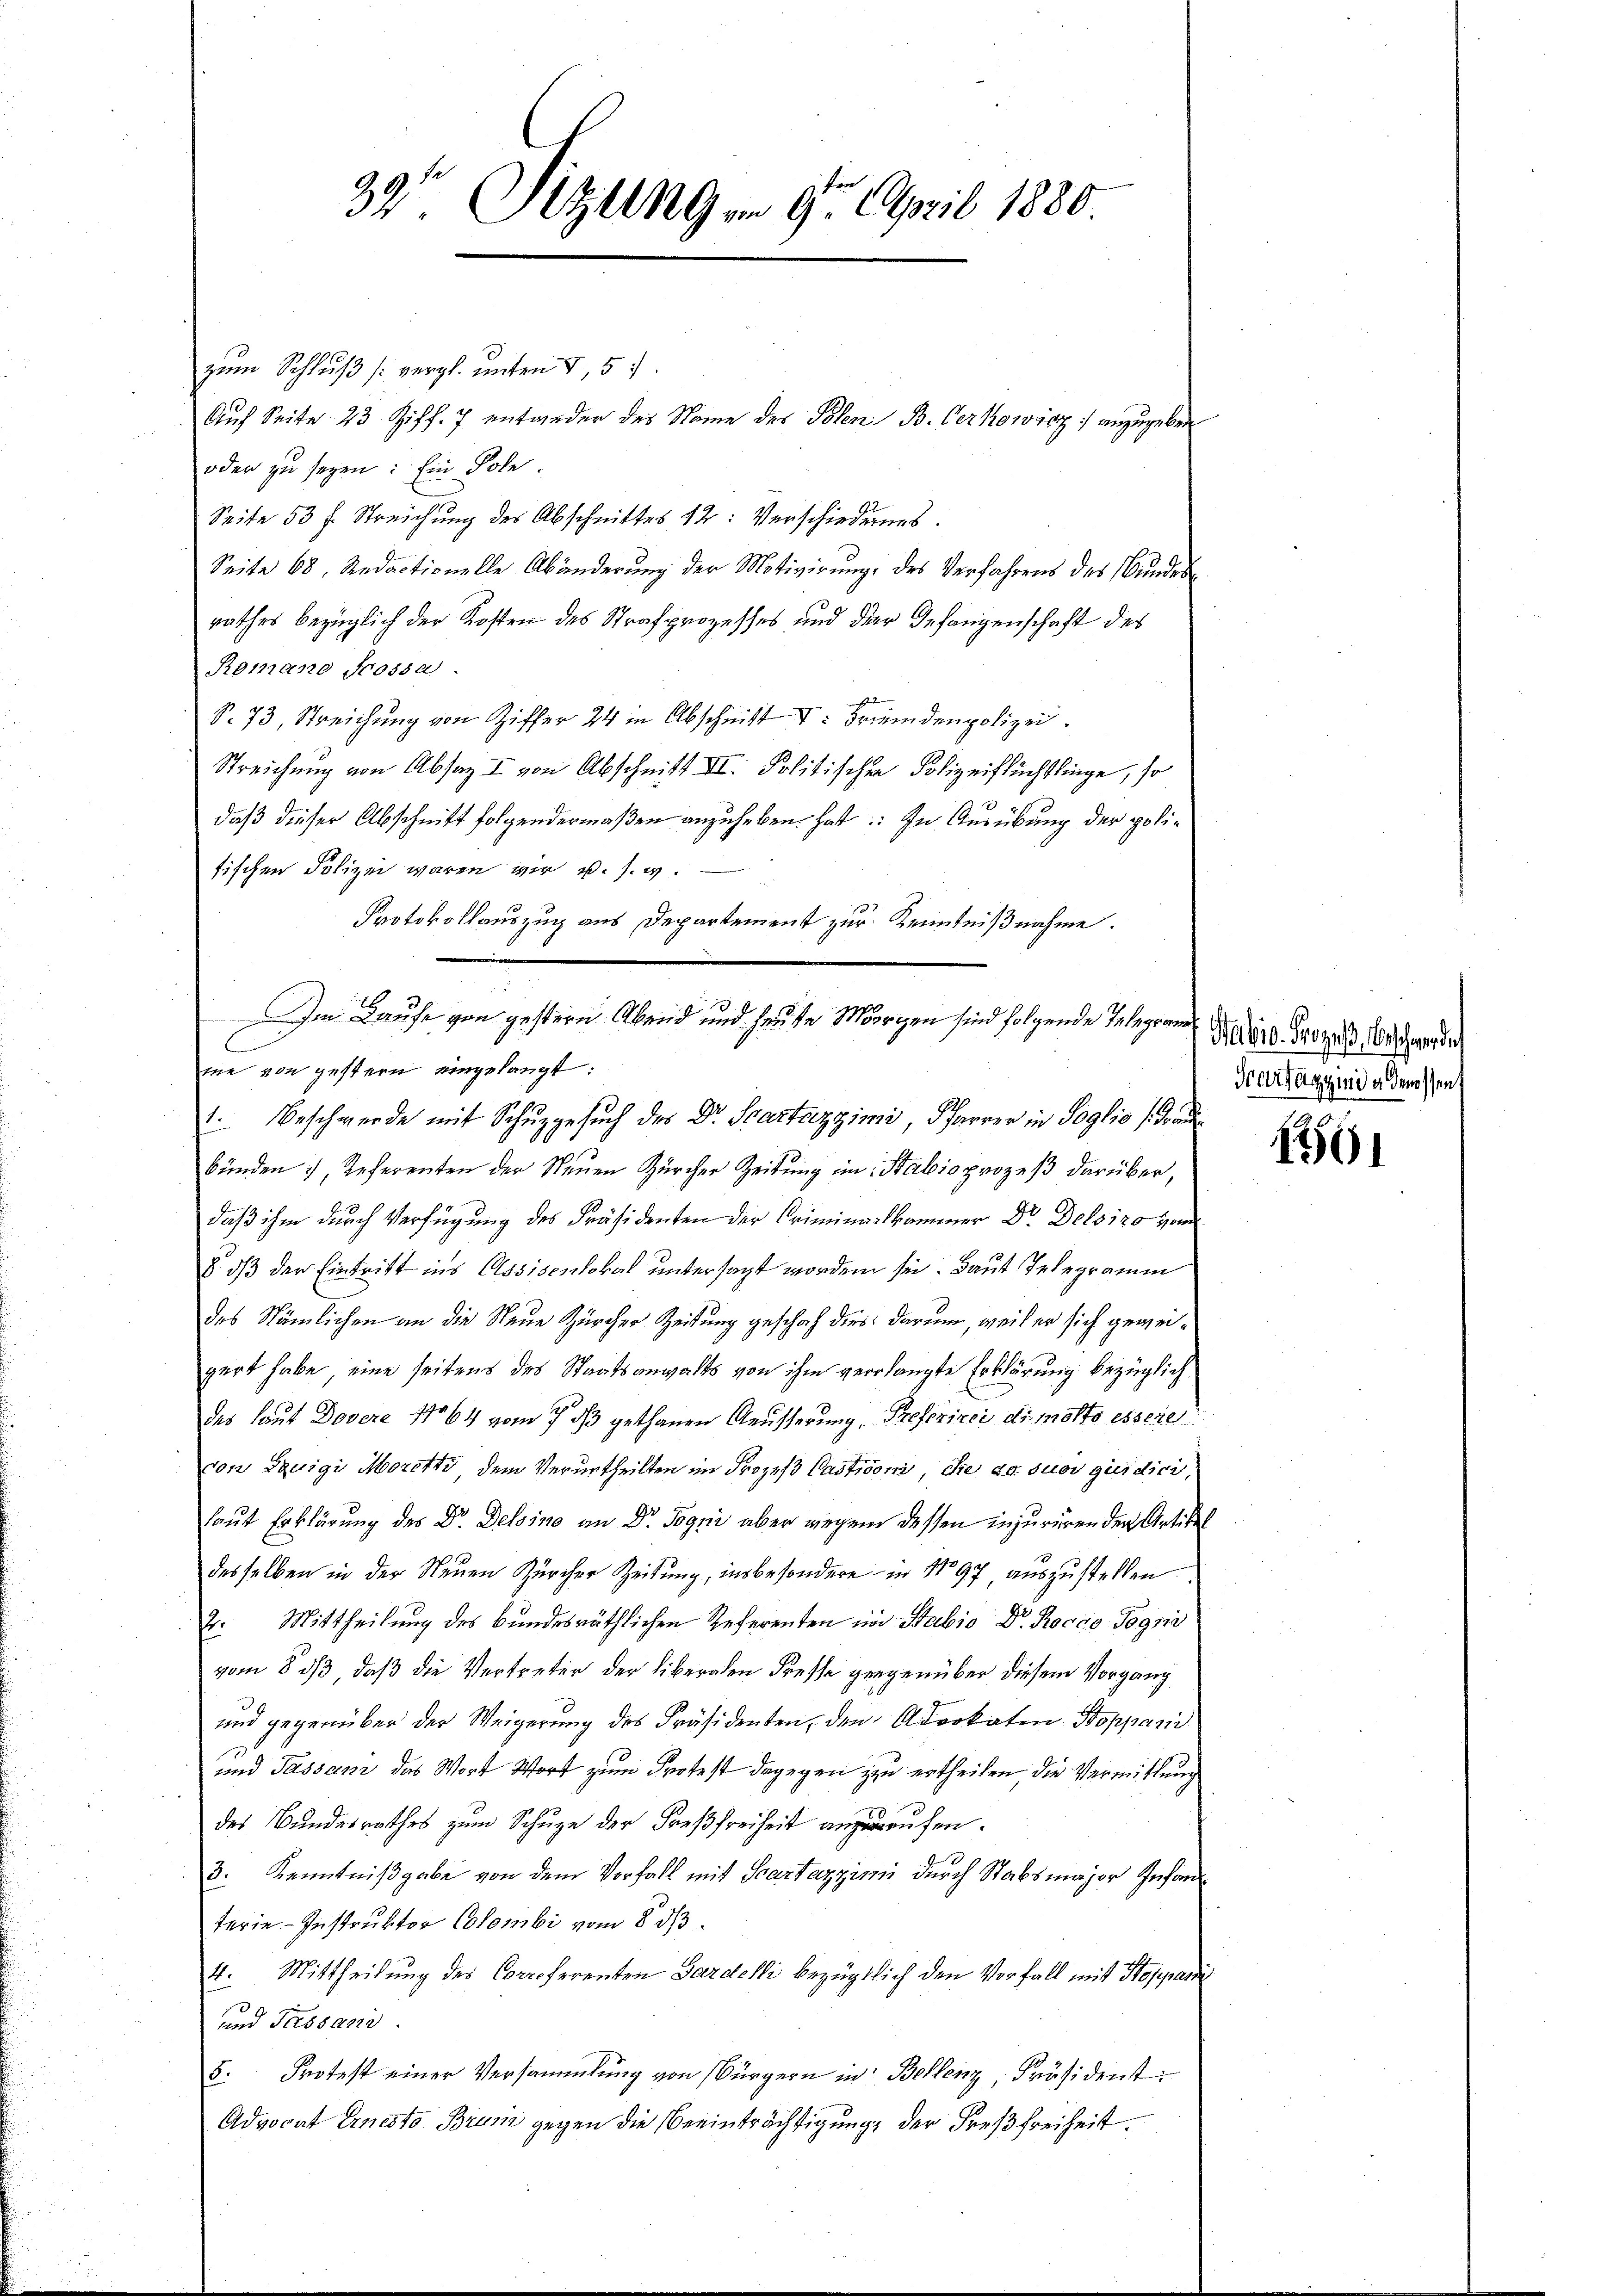
39te Sitzungen 9. April 1880.

zum Schluß /: vergl. unter 7,5
Auf Seite 23 Ziff. 7 entweder des Name des Polen B. Verkowicz :/ anzugeben
oder zu seyen: Ein Pole.
Seite 53 f. Streichung des Abschnittes 12: Verschiedenes.
Seite 68. Redactionelle Abänderung der Motivirung des Verfahrens des Bundes
rathes bezüglich der Kosten des Strafprozesses und der Gefangenschaft des
Romano Frossa
S. 73, Streichung von Ziffer 24 in Abschnitt : Fremdenpolizei.
Streichung von Absag I von Abschnitt II. Politischen Polizeiflüchtlinge, so
daß dieser Abschnitt folgendermaßen anzuheben hat: In Ausübung der polifischen Polizei waren wir u. s. w.
Protokollauszug aus Departement zur Kenntnißnahme.
Im Laufe von gestern Abend und heute Morgen sind folgende Telegion der Prozess, beschwerden
me von gestern eingelangt:
1. Beschwerde mit Schŭpgesŭch des Dr. Scartazzimi, Pfarrer in Soglio Grau
bünden, Referenten der Neuen Zürcher Zeitung im Stabio prozeß darüber,
daß ihm durch Verfügung des Präsidenten der Criminarlkammer Dr. Delsizo vom
8. dβ der Eintritt ins Assisenlokal untersagt worden sie. Baut Telegramm
des Nämlichen an die Neue Zürcher Zeitung geschah dies darum, weil er sich geweigert habe, eine seitens des Staatsanwalts von ihm verlangte Erklärung bezüglich
des laut Dovere No 64 vom 7. ds gethanen Aeusserung, Preferirei die Motto essere
von Luigi Moretti, dem Verurtheilten im Prozeß Castisoni, die so suos quidici,
laut Erklärung des Dr. Delsine an Dr. Jogni aber wegen dessen injuriren der Artikel
desselben in der Neuen Zürcher Zeitung, insbesondere in No 97 auszustellen.
2. Mittheilung des Bundesräthlichen Referenten in Stabio Dr. Rocco Pogni
vom 8. ds, daß die Vertreter der Liberalen Fresse gegenüber diesem Vorgang
und gegenüber der Weigerŭng des Präsidenten, den Advokaten Stoppani
und Passan das Wort Wort zum Protest dagegen zu ertheilen, die Vermittung
des Bŭndesrathes zŭm Schŭze der Freβfreiheit anzurufen.
3. Kenntnißgabe von dem Vorfall mit Scartazziri durch Stabsmajor Infand
terie-Instruktor Colombi vom 8. ds.
4. Mittheilung des Correferenten Gardelli bezüglich den Vorfall mit Steppardi
und Passan
5: Protest einer Versammlung von Bürgern in Bellenz, Präsident
Advocat Ernesto Brun gegen die Beeinträchtigung der Freßfreiheit.

Tarzazzind abgenossen

1561